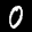
Label: 0